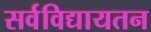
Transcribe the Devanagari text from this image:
सर्वविद्यायतन